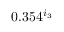
0 . 3 5 4 ^ { i _ { 3 } }